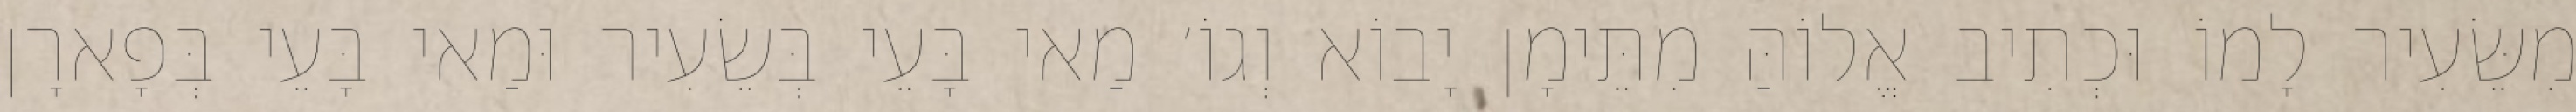
מִשֵּׂעִיר לָמוֹ וּכְתִיב אֱלוֹהַּ מִתֵּימָן יָבוֹא וְגוֹ׳ מַאי בָּעֵי בְּשֵׂעִיר וּמַאי בָּעֵי בְּפָארָן